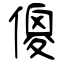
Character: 傻